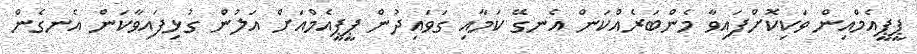
ޕީޕީއެމްއިން ވަކިކޮށްފައިވާ މެންބަރެއްކަން އެނގޭ ކަމާއި ގަވައިދުން ޕީޕީއެމްއަށް އަލުން ގުޅިފައިވާކަން އެނގެން